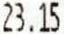
23.15